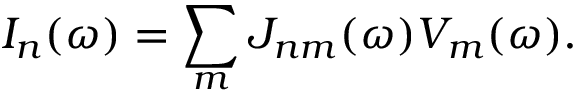
I _ { n } ( \omega ) = \sum _ { m } J _ { n m } ( \omega ) V _ { m } ( \omega ) .